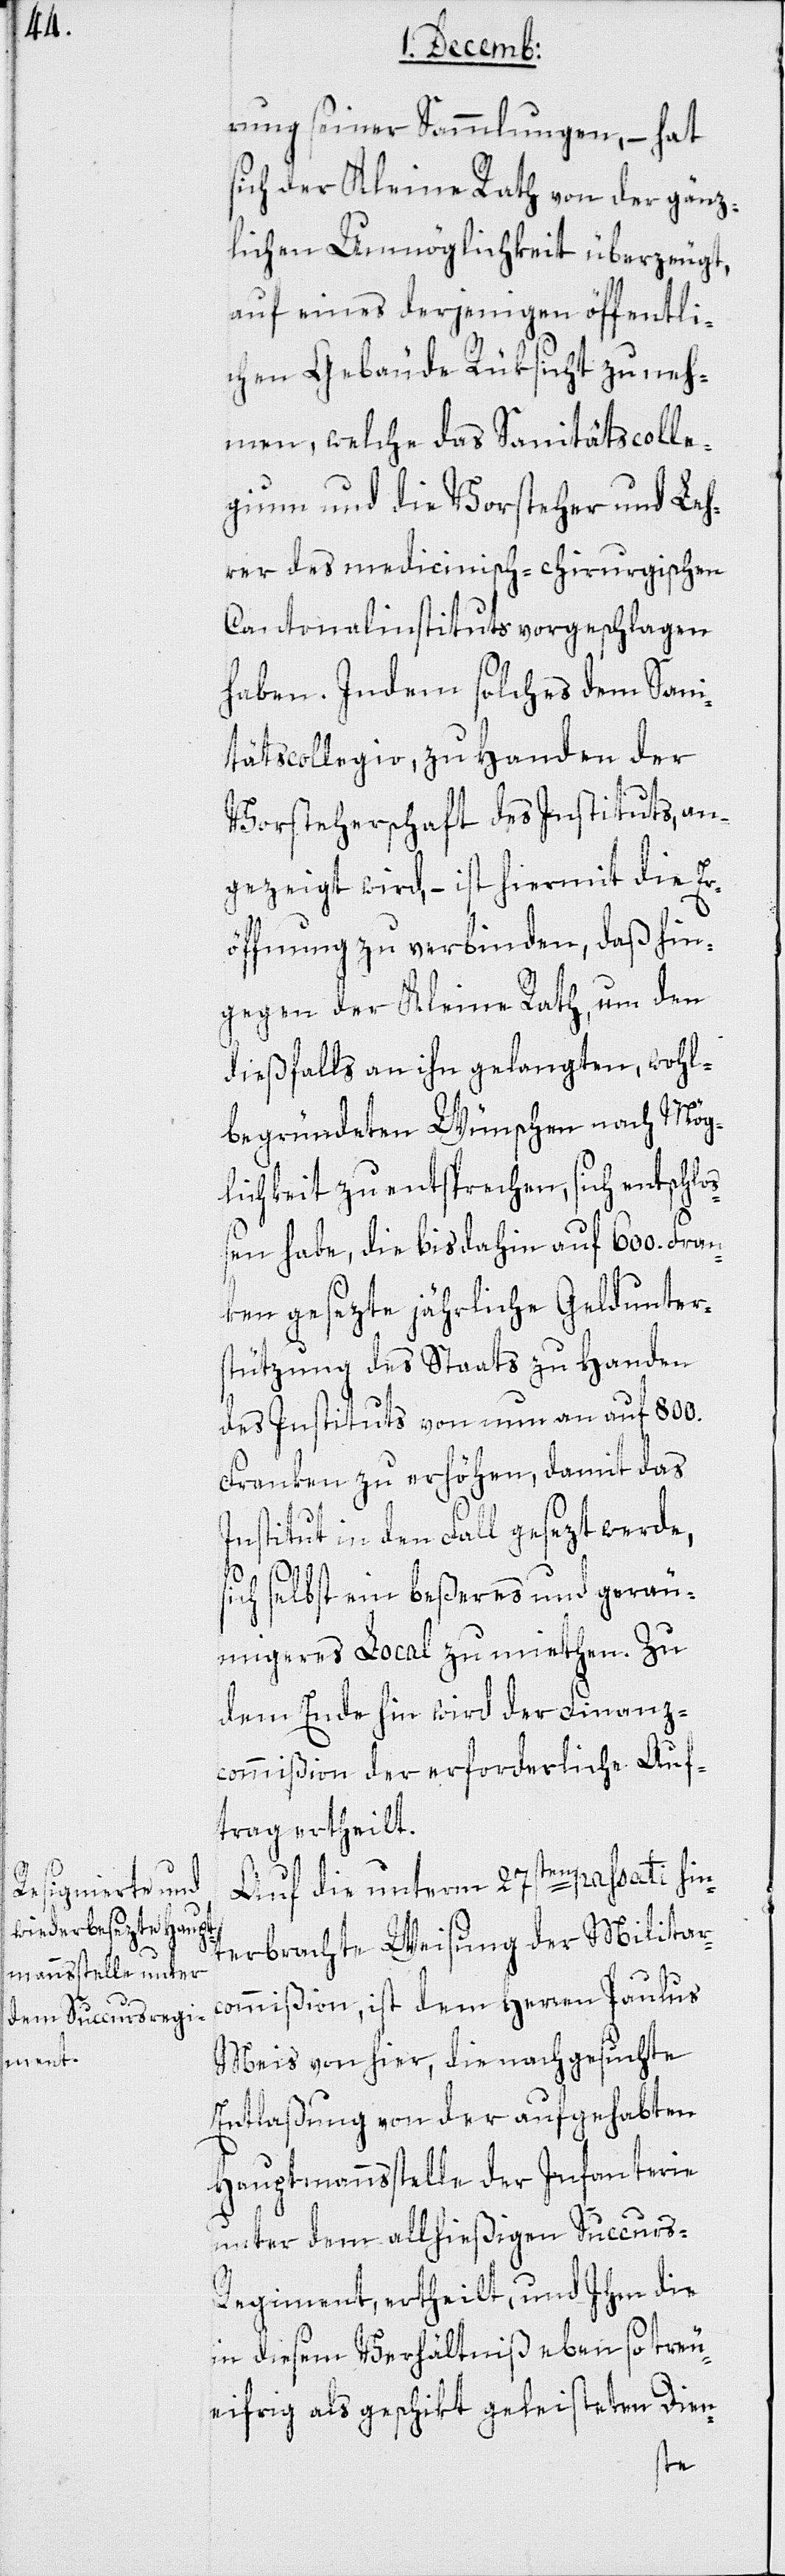
rung seiner Sammlungen, – hat
sich der Kleine Rath von der gänz¬
lichen Unmöglichkeit überzeugt,
auf eines derjenigen öffentli¬
chen Gebäude Rüksicht zu neh¬
men, welche das Sanitätscolle¬
gium und die Vorsteher und Leh¬
rer des medicinisch-chirurgischen
Cantonalinstituts vorgeschlagen
haben. Indem solches dem Sani¬
tätscollegio, zu Handen der
Vorsteherschaft des Instituts, an¬
gezeigt wird, – ist hiermit die Er¬
öffnung zu verbinden, daß hin¬
gegen der Kleine Rath, um den
dießfalls an ihn gelangten, wohl¬
begründeten Wünschen nach Mög¬
lichkeit zu entsprechen, sich entschlo¬
ßen habe, die bis dahin auf 600. Fran¬
ken gesezte jährliche Geldunter¬
stützung des Staats zu Handen
des Instituts von nun an auf 800.
Franken zu erhöhen, damit das
Institut in den Fall gesezt werde,
sich selbst ein beßeres und gerä¬
umigeres Local zu miethen. Zu
dem Ende hin wird der Finanz¬
commißion der erforderliche Auf¬
trag ertheilt.
Auf die unterm 27ste passati hin¬
terbrachte Weisung der Militar¬
commißion, ist dem Herren Paulus
Meis von hier, die nachgesuchte
Entlaßung von der aufgehabten
Hauptmannsstelle der Infanterie
unter dem allhießigen Succurs-R¬
egiment, ertheilt, und Ihm die
in diesem Verhältniß eben so treu¬
eifrig als geschikt geleisteten Dien-